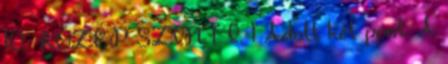
10. KÖZÉP SZINT I. 1 Adott két pont: A